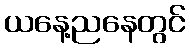
ယနေ့ညနေတွင်